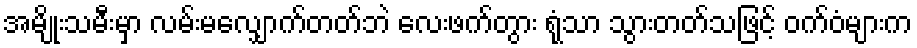
အမျိုးသမီးမှာ လမ်းမလျှောက်တတ်ဘဲ လေးဖက်တွား ရုံသာ သွားတတ်သဖြင့် ဝက်ဝံများက